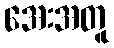
အေးအတူ